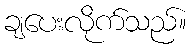
ချပေးလိုက်သည်။